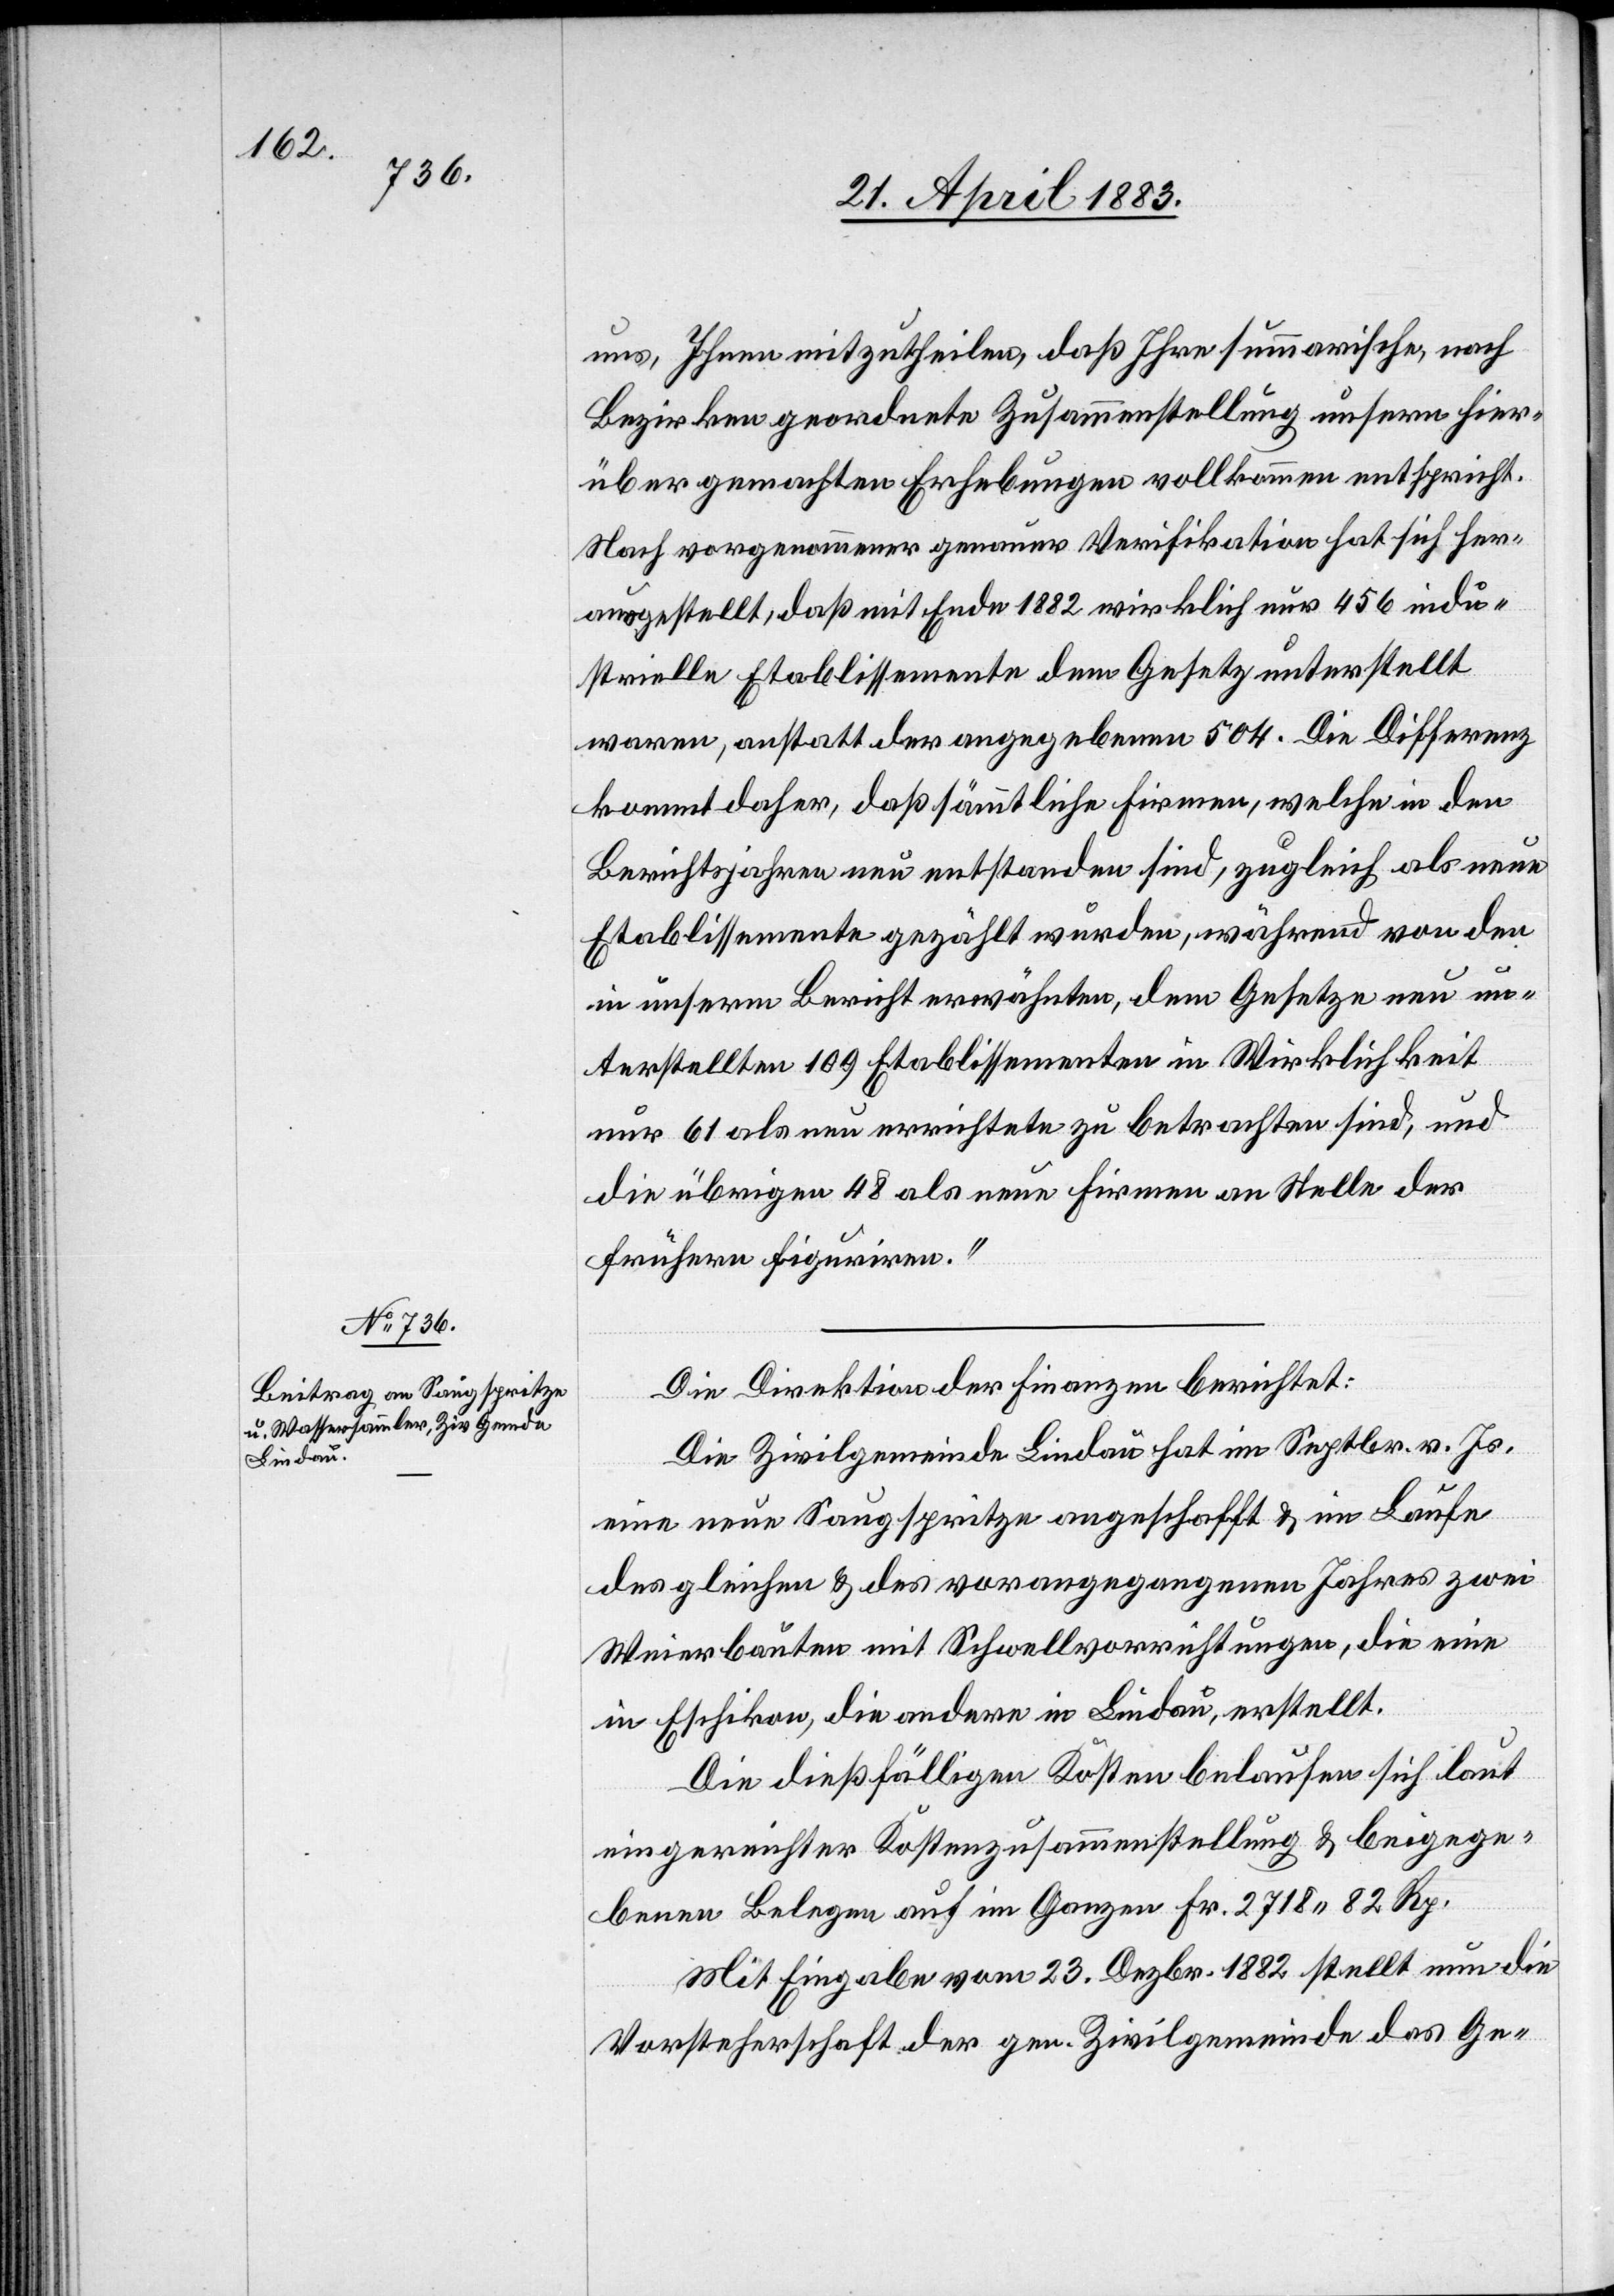
uns, Ihnen mitzutheilen, daß Ihre summarische, nach
Bezirken geordnete Zusammenstellung unsern hier¬
über gemachten Erhebungen vollkommen entspricht.
Nach vorgenommener genauer Verifikation hat sich her¬
ausgestellt, daß mit Ende 1882 wirklich nur 456 indu¬
strielle Etablissemente dem Gesetz unterstellt
waren, anstatt der angegebenen 504. Die Differenz
kommt daher, daß sämmtliche Firmen, welche in den
Berichtsjahren neu entstanden sind, zugleich als neue
Etablissemente gezählt wurden, während von den
in unserm Bericht erwähnten, dem Gesetze neu un¬
terstellten 109 Etablissementen in Wirklichkeit
nur 61 als neu errichtete zu betrachten sind, und
die übrigen 48 als neue Firmen an Stelle der
frühern figuriren.“
Die Direktion der Finanzen berichtet:
Die Zivilgemeinde Lindau hat im Septbr. v. Js.
eine neue Saugspritze angeschafft & im Laufe
des gleichen & des vorangegangenen Jahres zwei
Weierbauten mit Schwellvorrichtungen, die eine
in Eschikon, die andere in Lindau, erstellt.
Die dießfälligen Kosten belaufen sich laut
eingereichter Kostenzusammenstellung & beigege¬
benen Belegen auf im Ganzen Fr. 2718 82 Rp.
Mit Eingabe vom 23. Dezbr. 1882 stellt nun die
Vorsteherschaft der gen. Zivilgemeinde das Ge-